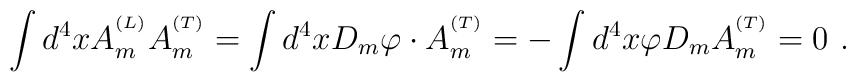
\int d^4x A_m^{^{(L)}}A_m^{^{(T)}}= \int d^4x D_m\varphi\cdot A_m^{^{(T)}}= -\int d^4x\varphi D_mA_m^{^{(T)}}= 0 ~.